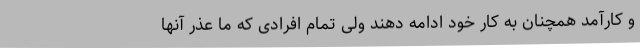
و کارآمد همچنان به کار خود ادامه دهند ولی تمام افرادی که ما عذر آنها